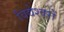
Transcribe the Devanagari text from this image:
विद्येश्वरों